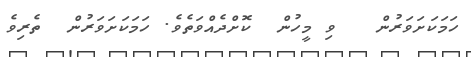
ހަމަކަށަވަރުން   ވި މީހުން  ކޮށްދެއްވަތެވެ. ހަމަކަށަވަރުން  ތެރިވެ